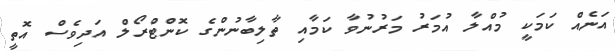
އަނެއް ކަމަކީ މުއްލާ އުމަރު މަރުނުވާ ކަމާއި ތާލިބާނުންގެ ކޮންޓްރޯލް އަދިވެސް އޮތީ